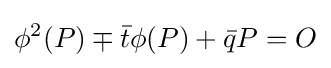
\phi ^{2}(P)\mp {\bar {t}}\phi (P)+{\bar {q}}P=O